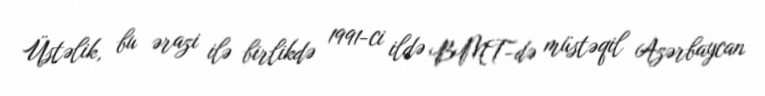
Üstəlik, bu ərazi ilə birlikdə 1991-ci ildə BMT-də müstəqil Azərbaycan